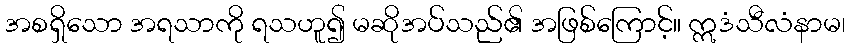
အစရှိသော အရသာကို ရသဟူ၍ မဆိုအပ်သည်၏ အဖြစ်ကြောင့်။ ဣဒံသီလံနာမ၊